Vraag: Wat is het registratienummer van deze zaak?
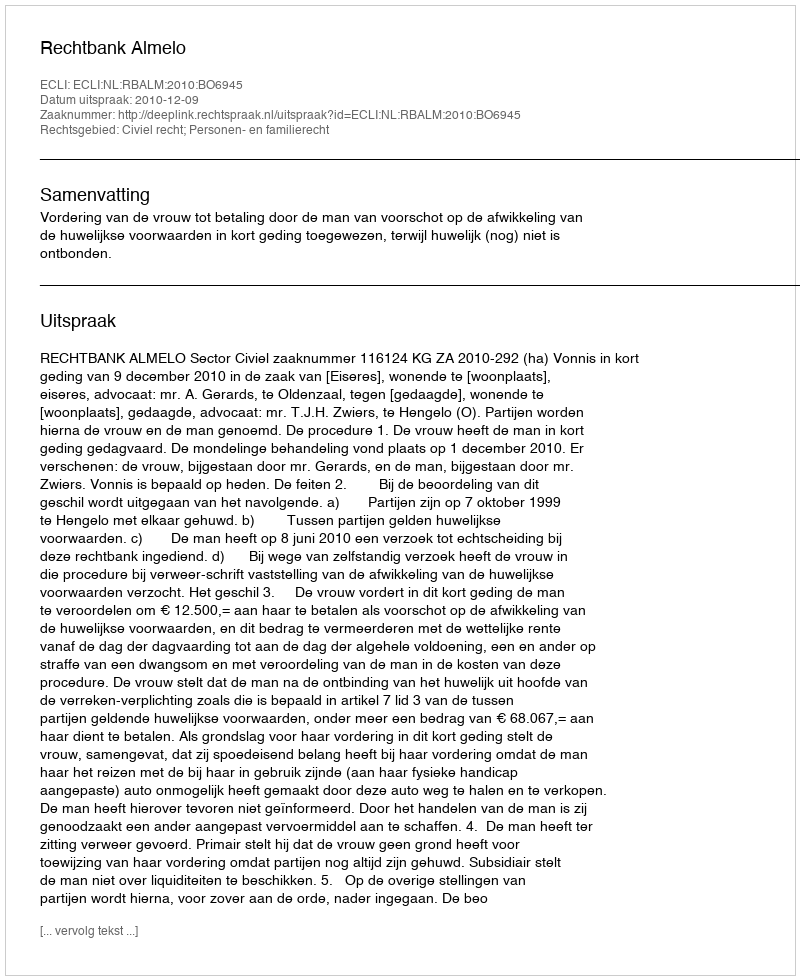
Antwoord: http://deeplink.rechtspraak.nl/uitspraak?id=ECLI:NL:RBALM:2010:BO6945